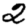
Digit: 2